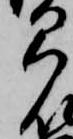
弓